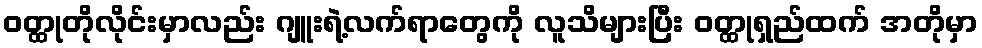
ဝတ္ထုတိုလိုင်းမှာလည်း ဂျူးရဲ့လက်ရာတွေကို လူသိများပြီး ဝတ္ထုရှည်ထက် အတိုမှာ